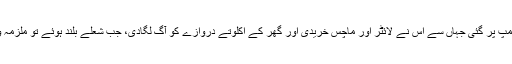
پھر وہ قریبی پٹرول پمپ پر گئی جہاں سے اس نے لائٹر اور ماچس خریدی اور گھر کے اکلوتے دروازے کو آگ لگادی، جب شعلے بلند ہوئے تو ملزمہ وہاں سے فرار ہوگئی۔